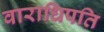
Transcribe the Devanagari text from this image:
वाराधिपति